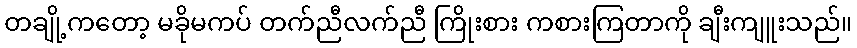
တချို့ကတော့ မခိုမကပ် တက်ညီလက်ညီ ကြိုးစား ကစားကြတာကို ချီးကျူးသည်။